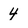
Character: 4